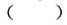
()